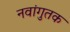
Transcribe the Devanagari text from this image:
नवांगुतक